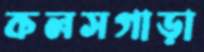
কলসগাড়া